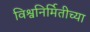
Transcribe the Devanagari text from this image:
विश्वनिर्मितीच्या